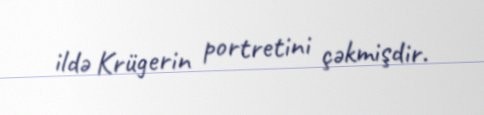
ildə Krügerin portretini çəkmişdir.